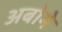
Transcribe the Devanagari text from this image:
अबोमे